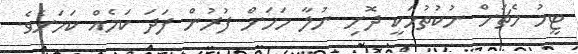
ޓީމު މެޗަށް ނުކުތުމަކީ ދޮށި ނުލާ މަހަށް ފުރުން ފަދަ ކަމެއް ކަމަށެވެ.